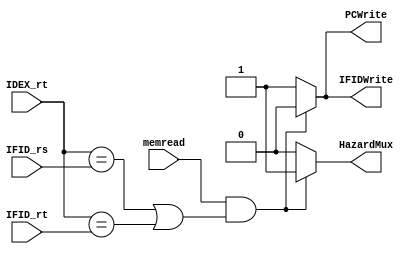
module hazardunit(IFIDWrite, PCWrite, HazardMux, IDEX_rt, IFID_rs, IFID_rt, memread);

	output 	IFIDWrite, PCWrite, HazardMux;
	input [4:0] IDEX_rt,IFID_rs,IFID_rt;
	input memread;
	

	assign IFIDWrite = (memread && (IDEX_rt == IFID_rs || IDEX_rt == IFID_rt)) ? 0 : 1;
	assign PCWrite = (memread && (IDEX_rt == IFID_rs || IDEX_rt == IFID_rt)) ? 0 : 1;
	assign HazardMux = (memread && (IDEX_rt == IFID_rs || IDEX_rt == IFID_rt)) ? 1 : 0;

endmodule